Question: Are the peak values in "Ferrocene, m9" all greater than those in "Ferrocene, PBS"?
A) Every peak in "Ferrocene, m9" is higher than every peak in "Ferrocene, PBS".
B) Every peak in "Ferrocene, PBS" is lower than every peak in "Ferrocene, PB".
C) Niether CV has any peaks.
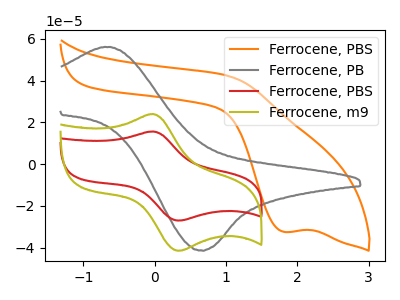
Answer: <think>The orange curve "Ferrocene, PBS" has a cathodic peak at: (1.80V, -32.45uA). The gray curve "Ferrocene, PB" has an anodic peak at (-0.60V, 56.15uA) and a cathodic peak at (0.65V, -41.30uA). The red curve "Ferrocene, PBS" has an anodic peak at (-0.05V, 15.65uA) and a cathodic peak at (0.35V, -27.05uA). The olive curve "Ferrocene, m9" has an anodic peak at (-0.05V, 24.00uA) and a cathodic peak at (0.35V, -41.50uA).</think>
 <answer>A) Every peak in "Ferrocene, m9" is higher than every peak in "Ferrocene, PBS".</answer>
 <eval>A</eval>